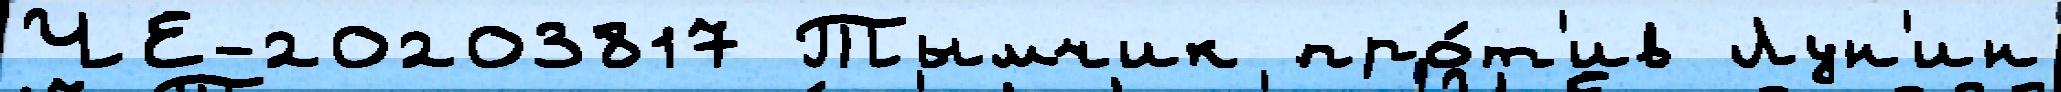
ЧЕ-20203817 Тымчик про́т'ив Лун'ин